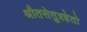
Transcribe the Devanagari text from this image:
श्रौतसेतुत्रहेतो